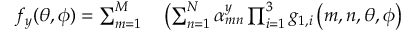
\begin{array} { r l } { f _ { y } ( \theta , \phi ) = \sum _ { m = 1 } ^ { M } } & { { } \left( \sum _ { n = 1 } ^ { N } \alpha _ { m n } ^ { y } \prod _ { i = 1 } ^ { 3 } { g _ { 1 , i } } \left( m , n , \theta , \phi \right) \right. } \end{array}